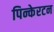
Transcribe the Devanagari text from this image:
पिन्केरटन